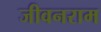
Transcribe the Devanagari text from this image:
जीवनराम